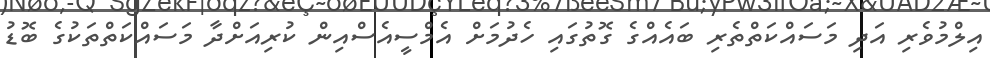
އިލްމުވެރި އަދި މަސައްކަތްތެރި ބައެއްގެ ގޮތުގައި ހެދުމަށް އެމްސީއެސްއިން ކުރިއަށްދާ މަސައްކަތްތަކުގެ ބޮޑު